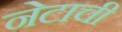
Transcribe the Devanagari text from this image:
नेटाची